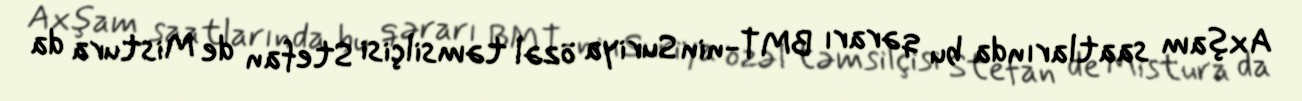
Axşam saatlarında bu qərarı BMT-nin Suriya özəl təmsilçisi Stefan de Mistura da